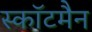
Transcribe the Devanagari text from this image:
स्कॉटमैन